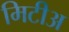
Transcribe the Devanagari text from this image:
मिटीअ